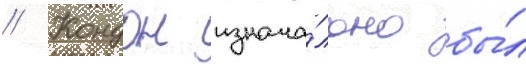
// Кондон изнача́льно бы́л